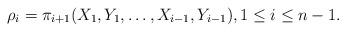
LaTeX: \begin{align*}\rho_i=\pi_{i+1}(X_1,Y_1,\dots,X_{i-1},Y_{i-1}), 1\le i\le n-1.\end{align*}